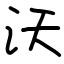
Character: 沃